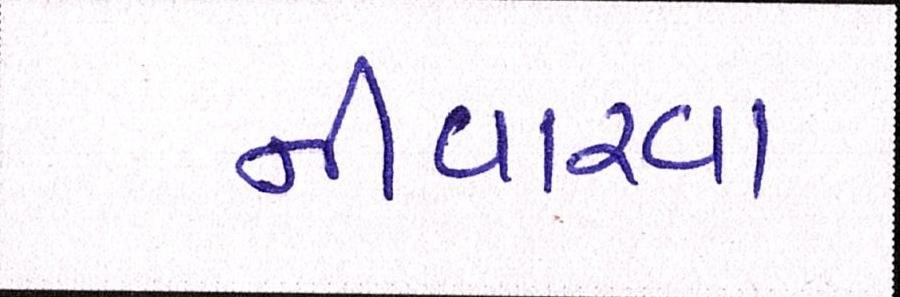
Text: નીવારવા